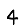
Digit: 4